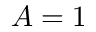
A = 1